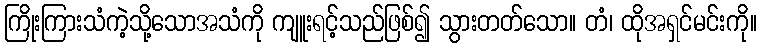
ကြိုးကြားသံကဲ့သို့သောအသံကို ကျူးရင့်သည်ဖြစ်၍ သွားတတ်သော။ တံ၊ ထိုအရှင်မင်းကို။